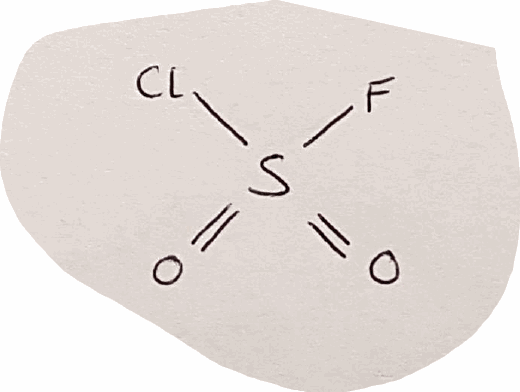
Simplified molecular-input line-entry system (SMILES) notation of the given molecule:
O=S(=O)(F)Cl